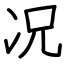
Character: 况